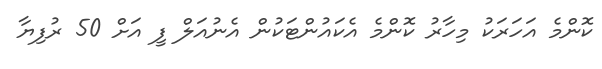
ކޮންމެ އަހަރަކު މިހާރު ކޮންމެ އެކައުންޓަކުން އެނުއަލް ފީ އަށް 50 ރުފިޔާ